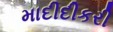
માદીદીકરી